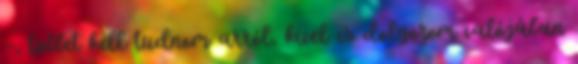
–, többet kell tudnom arról, kivel is dolgozom valójában